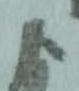
よ